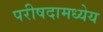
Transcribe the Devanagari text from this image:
परीषदामध्येय